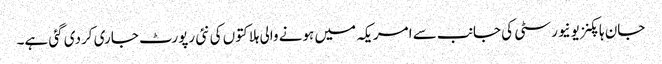
جان ہاپکنز یونیورسٹی کی جانب سے امریکہ میں ہونے والی ہلاکتوں کی نئی رپورٹ جاری کردی گئی ہے۔